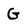
Character: G